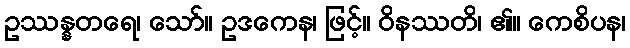
ဥဿန္နတရေ၊ သော်။ ဥဒကေန၊ ဖြင့်။ ဝိနဿတိ၊ ၏။ ကေစိပန၊